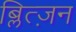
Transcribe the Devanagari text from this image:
ब्लित्ज़न